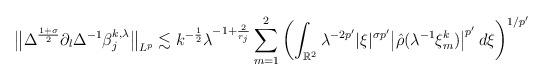
LaTeX: \begin{align*} \big\| \Delta^{\frac{1 + \sigma}{2}}\partial_l \Delta^{-1} \beta_j^{k,\lambda} \big\|_{L^p} &\lesssim k^{-\frac{1}{2}} \lambda^{-1+ \frac{2}{r_j}}\sum_{m=1}^2 \left(\int_{\mathbb{R}^2}\lambda^{-2p'} |\xi|^{\sigma p'} \big| \hat{\rho}(\lambda^{-1}\xi_m^k) \big|^{p'} \, d\xi\right)^{1/p'} \end{align*}